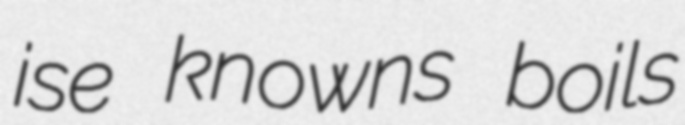
ise knowns boils